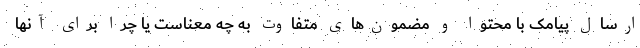
ارسال پیامک با محتوا و مضمون‌های متفاوت به چه معناست یا چرا برای آنها